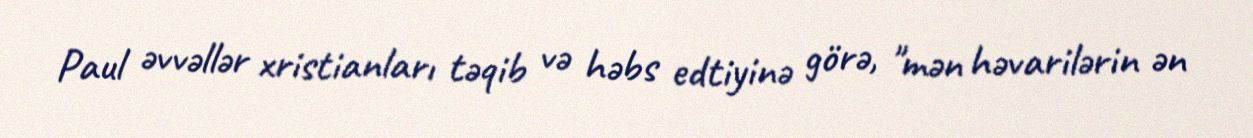
Paul əvvəllər xristianları təqib və həbs edtiyinə görə, "mən həvarilərin ən